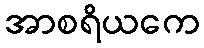
အာစရိယကေ